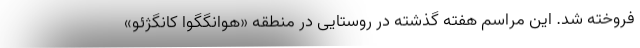
فروخته شد. این مراسم هفته گذشته در روستایی در منطقه «هوانگگوا کانگژئو»